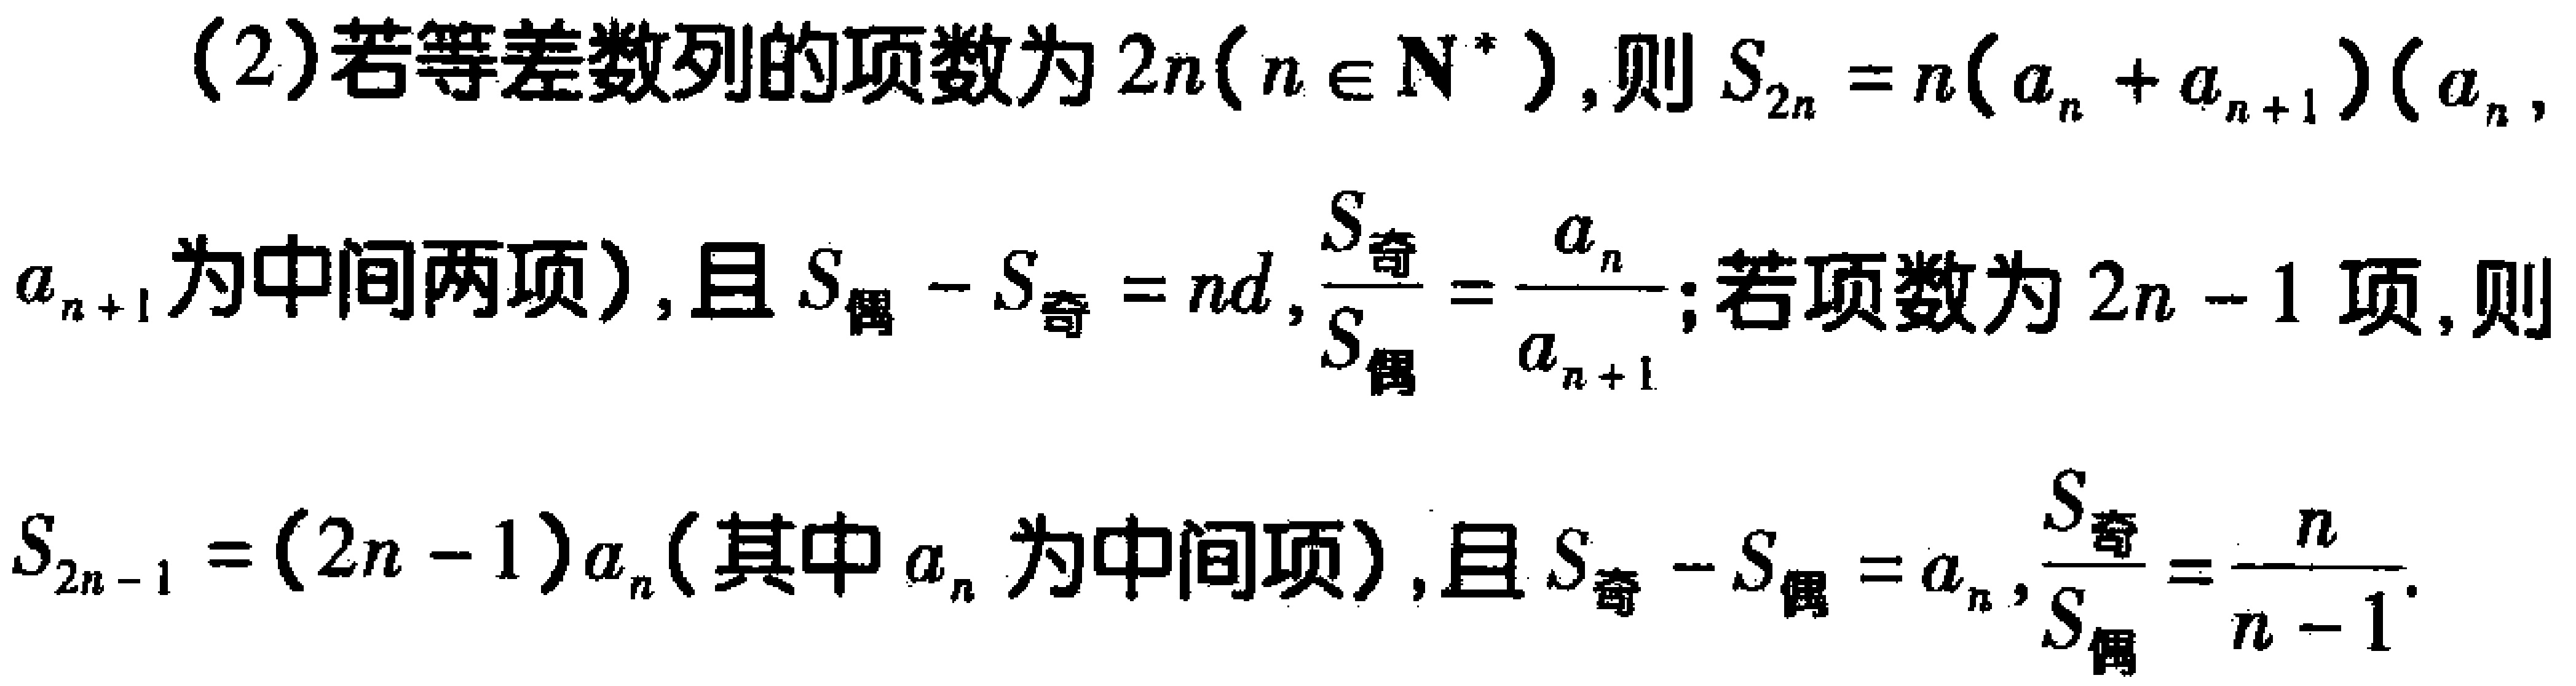
(2)若等差数列的项数为\(2n(n\in \mathbf{N}^{*})\)，则\(S_{2n}=n(a_{n}+a_{n + 1})(a_{n},\)
\(a_{n + 1}\)为中间两项)，且\(S_{偶}-S_{奇}=nd\)，\(\frac{S_{奇}}{S_{偶}}=\frac{a_{n}}{a_{n + 1}}\)；若项数为\(2n - 1\)项，则
\(S_{2n - 1}=(2n - 1)a_{n}\)(其中\(a_{n}\)为中间项)，且\(S_{奇}-S_{偶}=a_{n}\)，\(\frac{S_{奇}}{S_{偶}}=\frac{n}{n - 1}\).